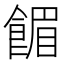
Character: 𫗗